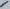
Text: LM358N-